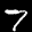
Label: 7